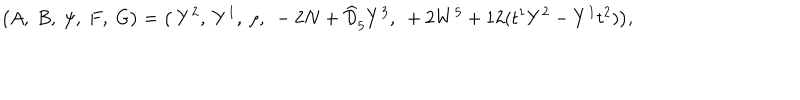
\big ( A , ~ B , ~ \psi , ~ F , ~ G \big ) = \big ( ~ Y ^ { 2 } , ~ Y ^ { 1 } , ~ \rho , ~ - 2 N + \widehat { \cal D } _ { \dot { 5 } } Y ^ { 3 } , ~ + 2 W ^ { \dot { 5 } } + 1 2 ( t ^ { 1 } Y ^ { 2 } - Y ^ { 1 } t ^ { 2 } ) \big ) ,